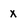
Character: X